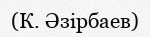
(К. Əзірбаев)